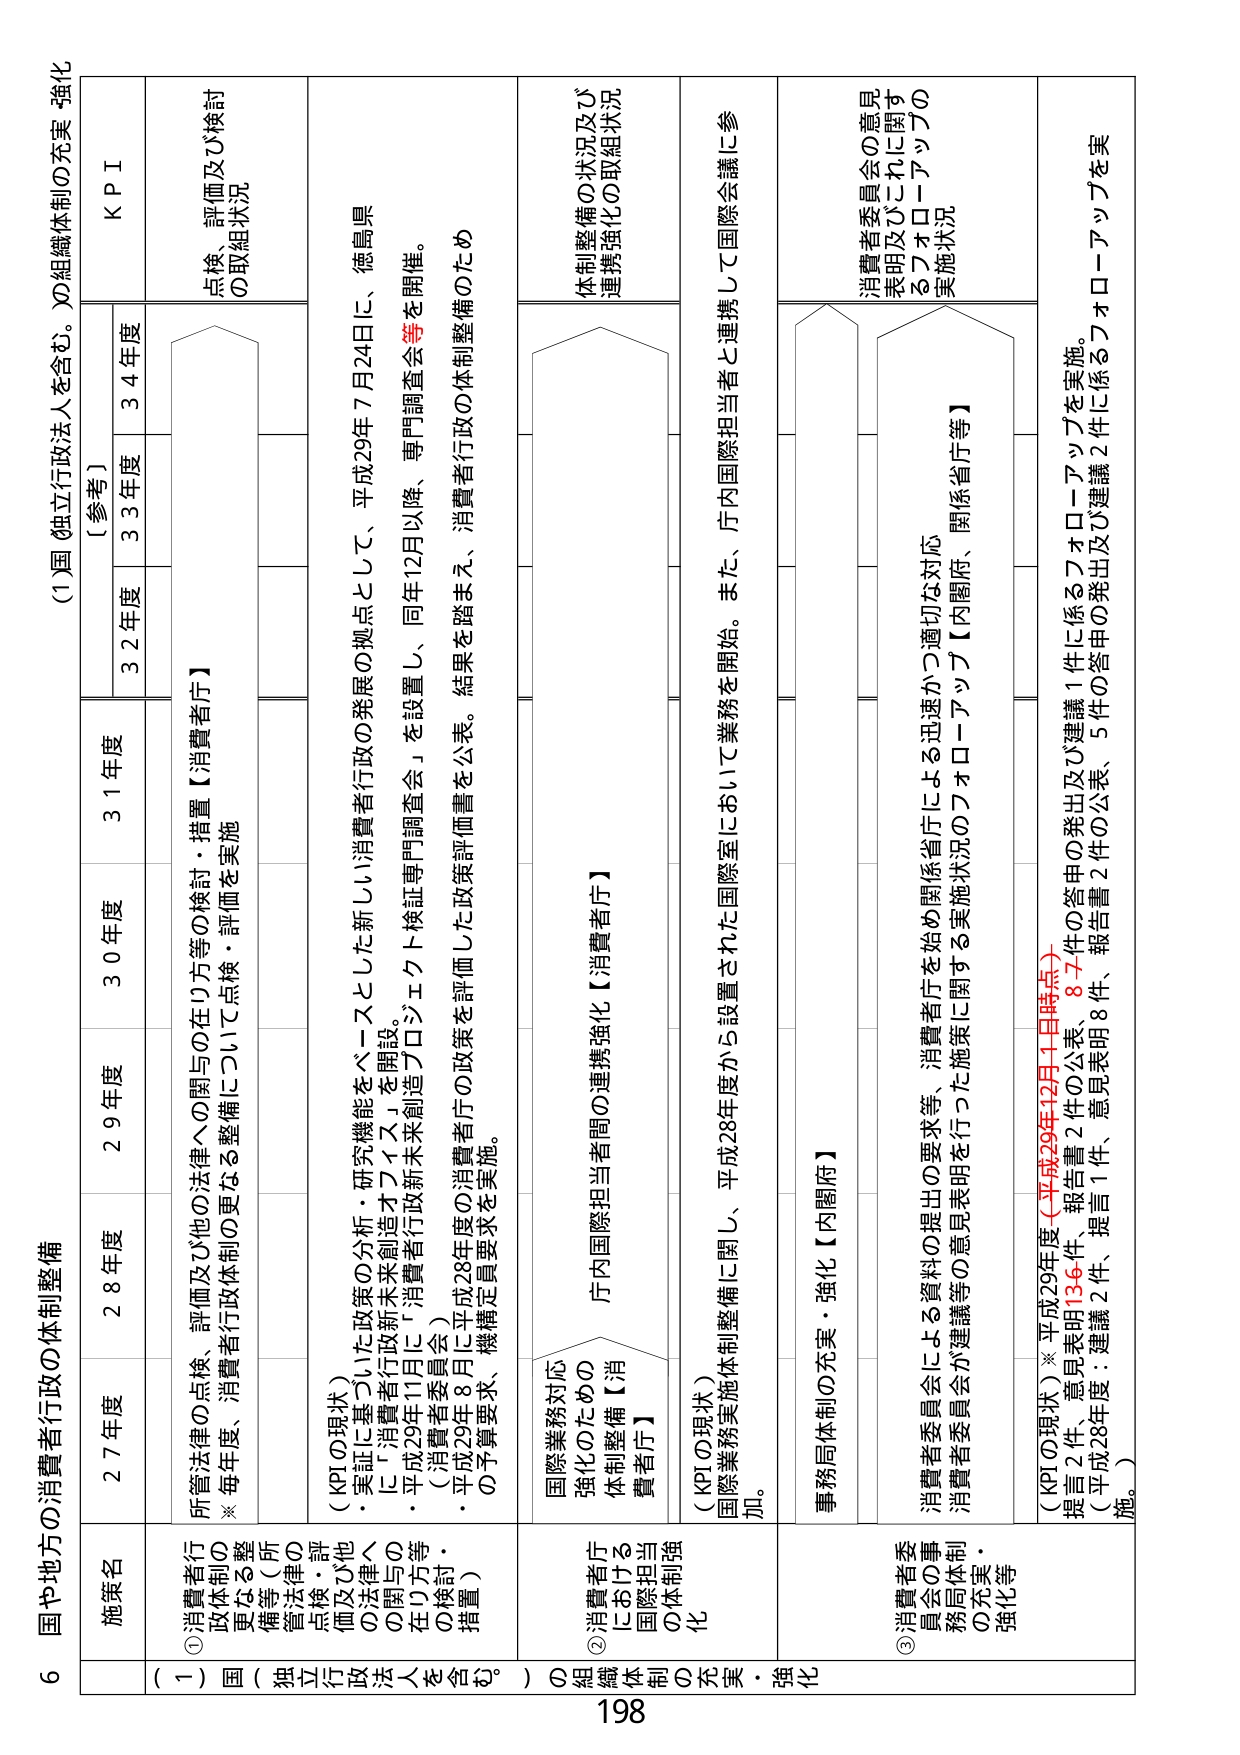
6 国や地方の消費者行政の体制整備

(1)国（独立行政法人を含む。）の組織体制の充実・強化

施策名 27年度 28年度 29年度 30年度 31年度 【参考】 32年度 33年度 34年度 KPI

(1)消費者行政体制の更なる整備等（所管法律の点検・評価及び他 の法律への関与の在り方等の検討・措置）
・実証に基づいた政策の分析・研究機能をベースとした新しい消費者行政の発展の拠点として、平成29年7月24日に、徳島県に「消費者行政新未来創造オフィス」を開設。
・平成29年11月に「消費者行政新未来創造プロジェクト検証専門調査会」を設置し、同年12月以降、専門調査会等を開催。
（消費者委員会）
・平成29年8月に平成28年度の消費者庁の政策を評価した政策評価書を公表。結果を踏まえ、消費者行政の体制整備のための予算要求、機構定員要求を実施。
（KPIの現状）
所管法律の点検、評価及び他の法律への関与の在り方等の検討・措置【消費者庁】
※毎年度、消費者行政体制の更なる整備について点検・評価を実施
点検、評価及び検討の取組状況

(2)消費者庁における国際担当の体制強化
・国際業務実施体制整備に関し、平成28年度から設置された国際室において業務を開始。また、庁内国際担当者と連携して国際会議に参加。
（KPIの現状）
国際業務対応強化のための体制整備【消費者庁】
庁内国際担当者間の連携強化【消費者庁】
体制整備の状況及び連携強化の取組状況

(3)消費者委員会の事務局体制の充実・強化等
・消費者委員会による資料の提出の要求等、消費者庁を始め関係省庁による迅速かつ適切な対応
・消費者委員会の意見表明等の施策等に関する実施状況のフォローアップ【内閣府、関係省庁等】
（KPIの現状）※平成29年度（平成29年12月4日時点）
提言2件、意見表明136件、報告書2件の公表・87件の答申の発出及び建議1件に係るフォローアップを実施。
（平成28年度：建議2件、提言1件、意見表明8件、報告書2件の公表、5件の答申の発出及び建議2件に係るフォローアップを実施。）
消費者委員会の意見表明及びこれに関するフォローアップの実施状況

198